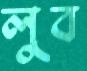
লুব